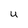
Character: U